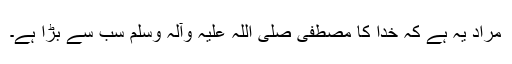
مراد یہ ہے کہ خدا کا مصطفیٰ صلی اللہ علیہ وآلہ وسلم سب سے بڑا ہے۔